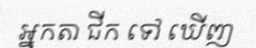
អ្នកតា ជីក ទៅ ឃើញ